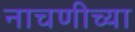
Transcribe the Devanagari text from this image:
नाचणीच्या